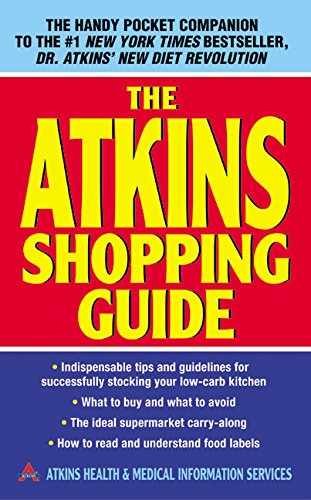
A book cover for The Atkins Shopping Guide: Indispensable Tips and Guidelines for Successfully Stocking Your Low-carb Kitchen; Atkins Health & Medical Information Serv; Cookbooks, Food & Wine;